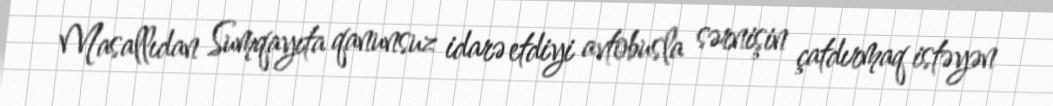
Masallıdan Sumqayıta qanunsuz idarə etdiyi avtobusla sərnişin çatdırmaq istəyən